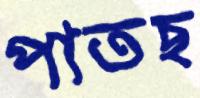
পাতছ